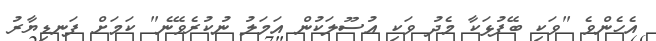
އެހެންވެ "ވަކި ބޭފުޅަކާ މެދު ވަކި އުސޫލަކުން އަމަލު ނުކުރެވޭނެ" ކަމަށް ފަނޑިޔާރު